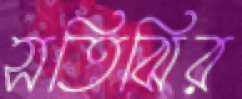
সতিঝির